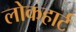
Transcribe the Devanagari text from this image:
लोकहार्ट